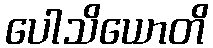
ပေါသိယောတိ